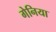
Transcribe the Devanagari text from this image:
गेनिया